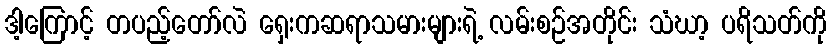
ဒါ့ကြောင့် တပည့်တော်လဲ ရှေးကဆရာသမားများရဲ့ လမ်းစဉ်အတိုင်း သံဃာ့ ပရိသတ်ကို